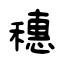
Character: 穗